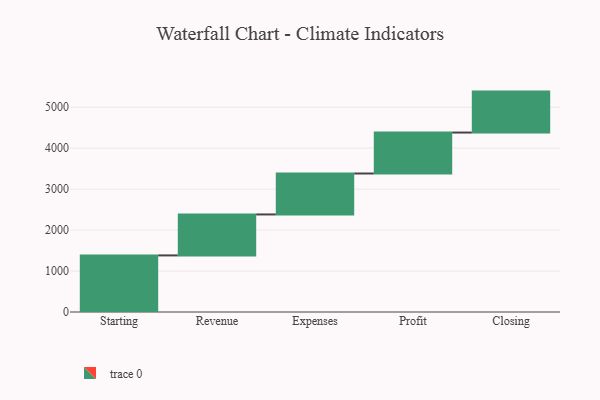
{"axis": {"x": "Step", "y": "Value"}, "legend": [""], "data": [{"x": "Starting", "y": 1382.0, "type": ""}, {"x": "Revenue", "y": 1000, "type": ""}, {"x": "Expenses", "y": 1000, "type": ""}, {"x": "Profit", "y": 1000, "type": ""}, {"x": "Closing", "y": 1000, "type": ""}]}